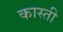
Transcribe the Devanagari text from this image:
कास्ती